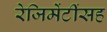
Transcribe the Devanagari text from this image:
रेजिमेंटींसह